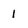
Character: 1